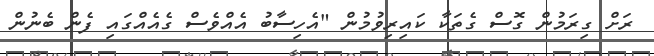
ރަށް ގިރަމުން ގޮސް ގެތަކާ ކައިރިވުމުން "އެހިސާބު އެއްވެސް ގެއެއްގައި ފެން ބެނުން